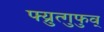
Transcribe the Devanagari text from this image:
फ्य्रुत्गुफुव्